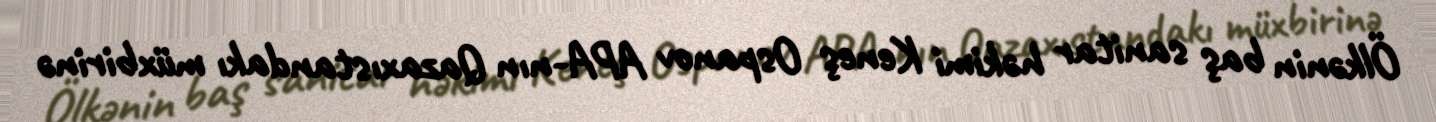
Ölkənin baş sanitar həkimi Keneş Ospanov APA-nın Qazaxıstandakı müxbirinə